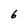
Character: 6